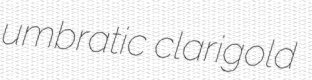
umbratic clarigold